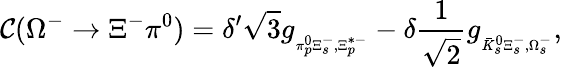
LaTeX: {\cal C}(\Omega^{-}\to\Xi^{-}\pi^{0})=\delta^{\prime}\sqrt{3}g_{{}_{\pi_{p}^{0}\Xi_{s}^{-},\Xi_{p}^{*-}}}-\delta\frac{1}{\sqrt{2}}g_{{}_{\bar{K}_{s}^{0}\Xi_{s}^{-},\Omega_{s}^{-}}},